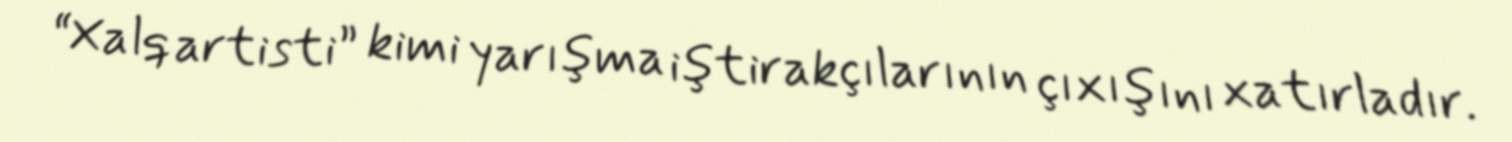
“Xalq artisti” kimi yarışma iştirakçılarının çıxışını xatırladır.